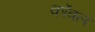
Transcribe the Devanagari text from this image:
कॉवल